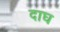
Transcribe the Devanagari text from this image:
दाघ